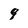
Character: 9